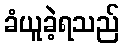
ခံယူခဲ့ရသည်